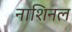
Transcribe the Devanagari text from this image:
नाशिनल